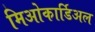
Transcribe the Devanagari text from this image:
मिओकार्डिअल